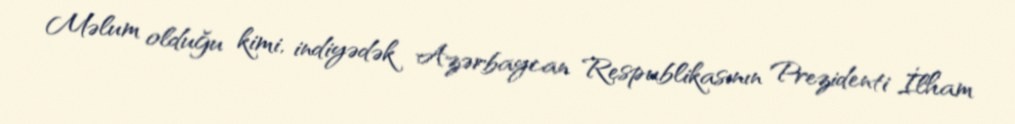
Məlum olduğu kimi, indiyədək Azərbaycan Respublikasının Prezidenti İlham